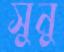
সুনু